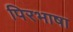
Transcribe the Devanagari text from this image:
पिरभाषा